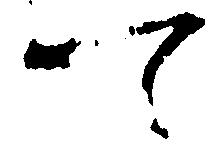
て